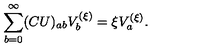
\sum _ { b = 0 } ^ { \infty } ( C U ) _ { a b } V _ { b } ^ { ( \xi ) } = \xi V _ { a } ^ { ( \xi ) } .